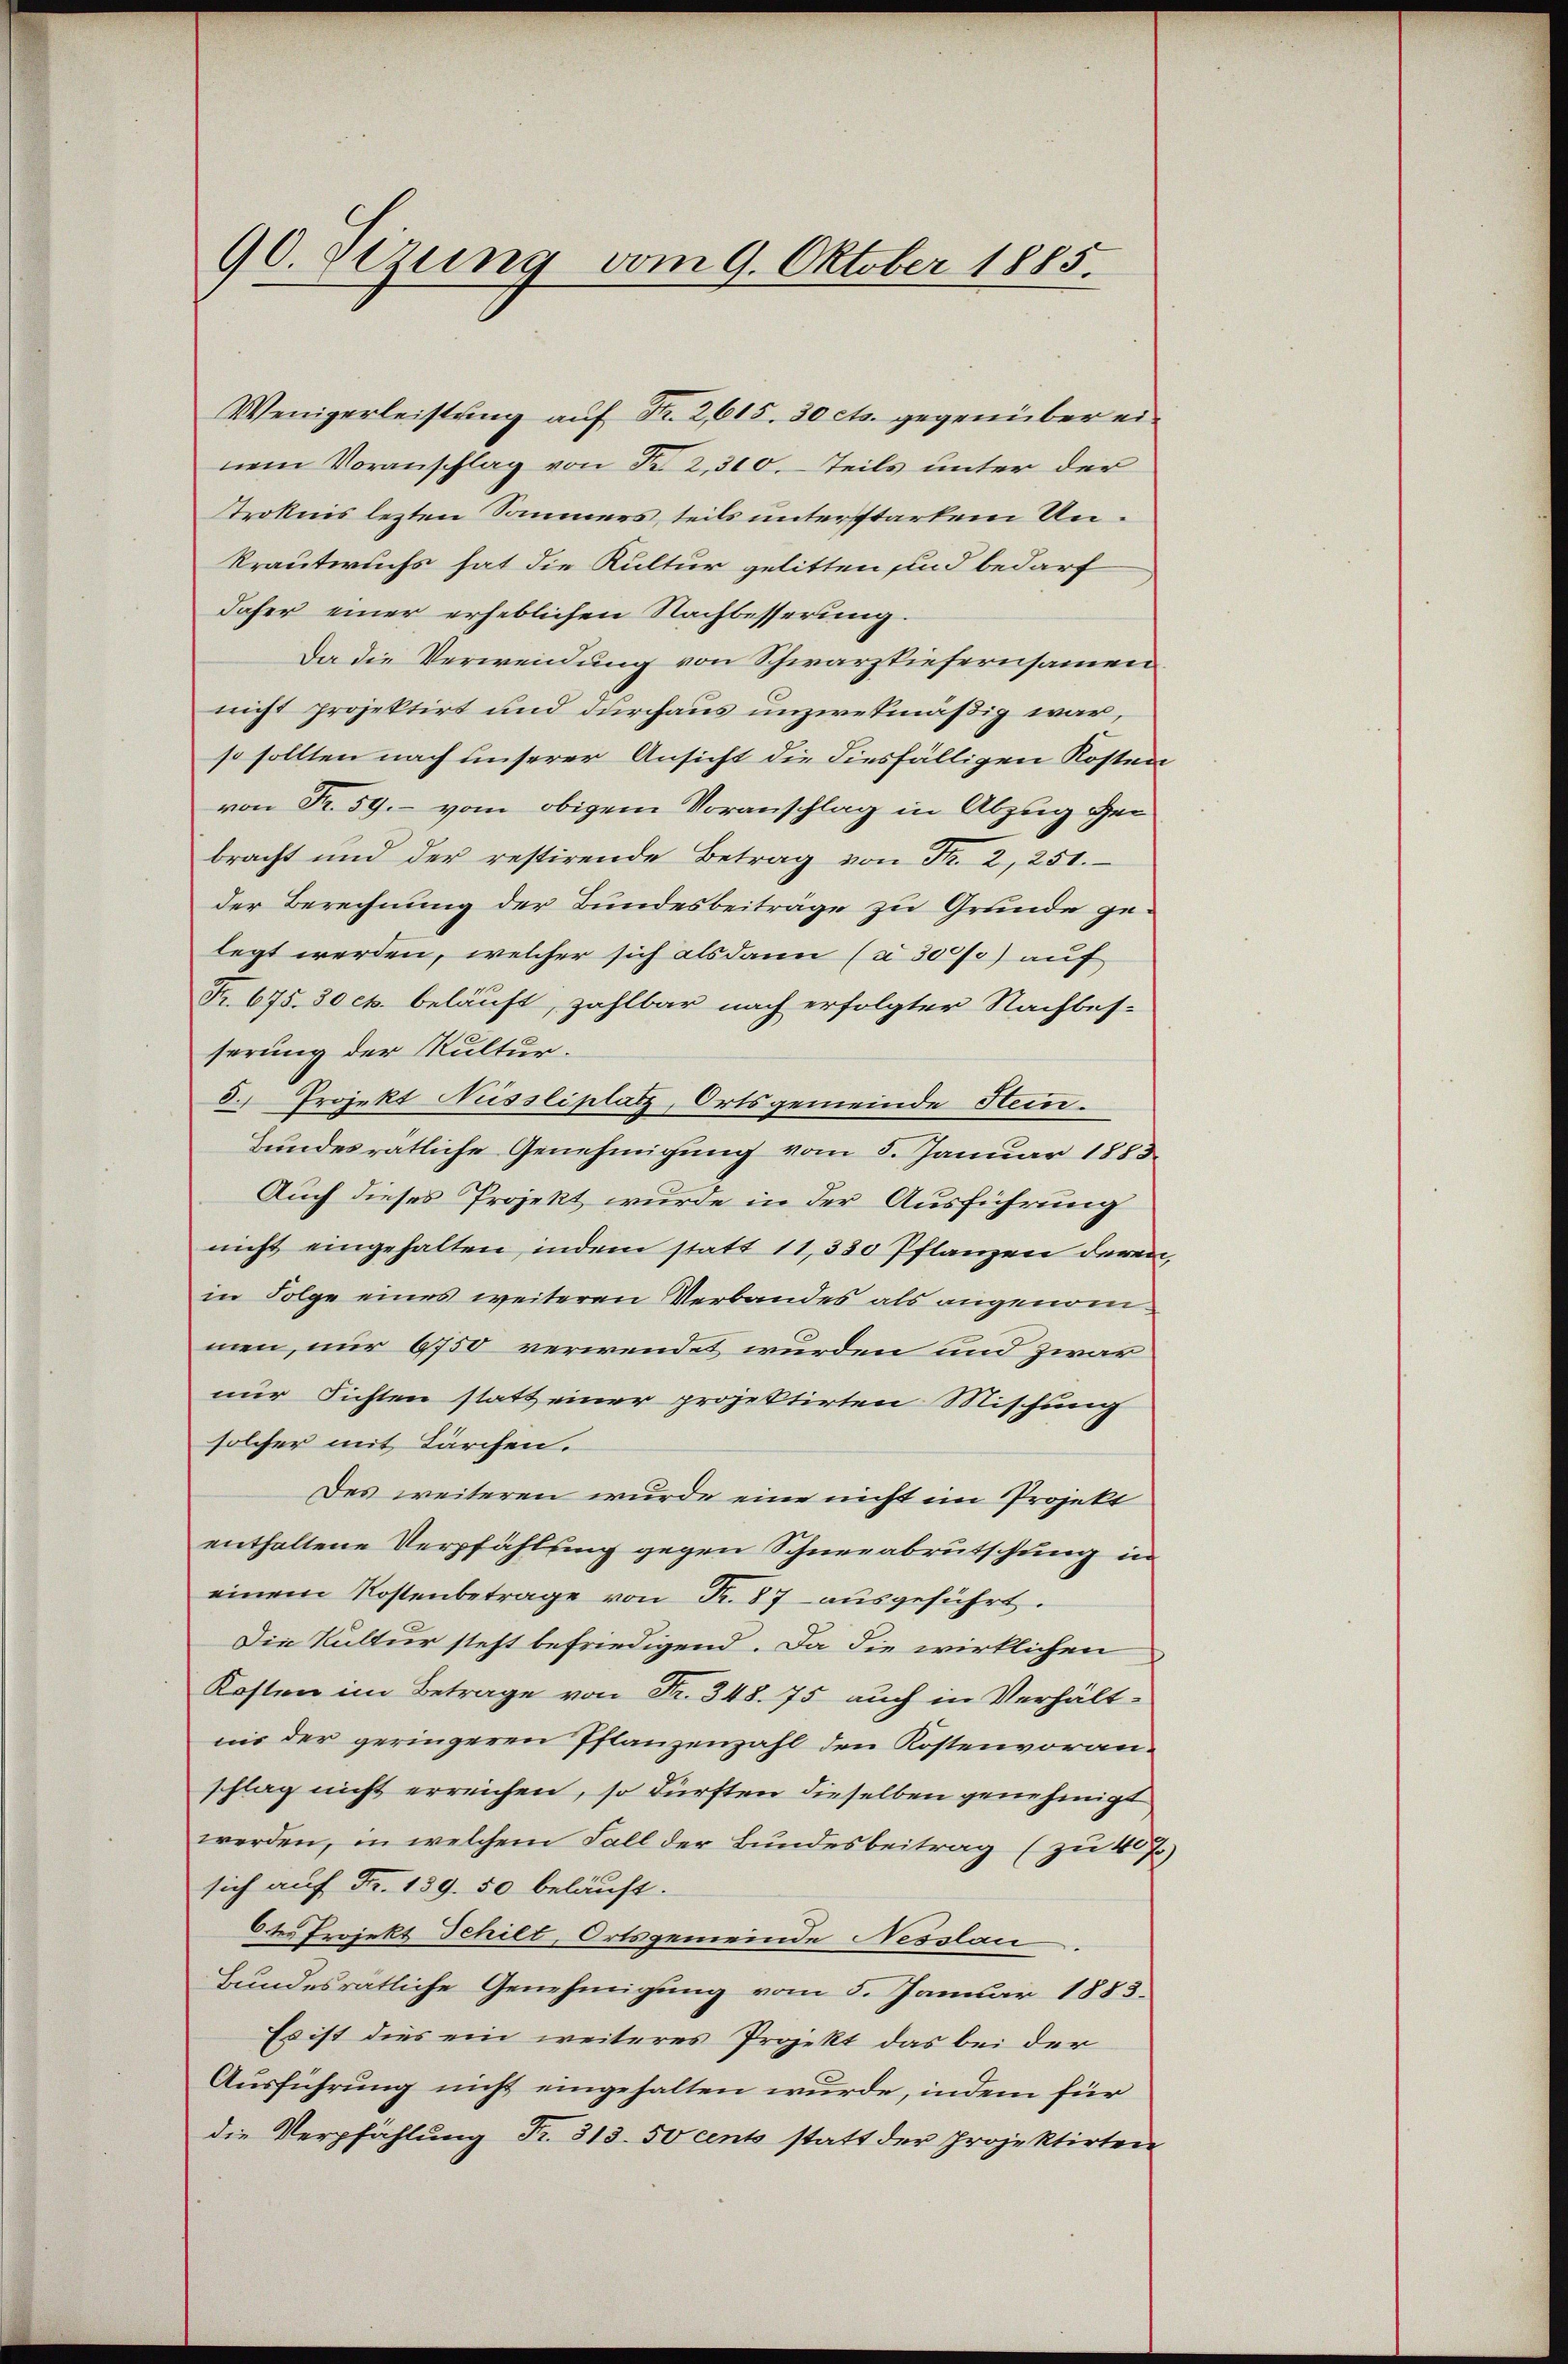
90. Sezung vom 9. Oktober 1885.

Wenigerleistung auf Fr. 2615. 30 cts. gegenüber einem Voranschlag von Nr. 2, 310. Teils unter der
Stroknis lezten Sommers, teils unterstarken Unkrautwuchs hat die Kultur gelitten sind bedarf
daher einer erheblichen Nachbesserung.
Da die Verwendung von Schwarzpiefernsamen
nicht projektirt und durchaus unzwekmäßig war,
so sollten nach unserer Ansicht die diesfälligen Kosten
von Fr. 59.- vom obigem Voranschlag in Abzug gebracht und der restirende Betrag von de
der Berechnung der Bundesbeiträge zu Grunde gelegt werden, welcher sich als dann (à 300 f.) auf
Fr. 675. 30 cts. beläuft, zahlbar nach erfolgter Nachbes-
serung der Kultur.
3. Projekt Niessliplatz, Ortsgemeinde Stem¬
Bundesrätliche Genehmigung vom 5. Januar 1883
Auch dieses Projekt wurde in der Ausführung
nicht eingehalten, indem statt 11,330 Pflanzen deren
in Folge eines weiteren Verbandes als angenommen, nur 6750 verwendet wurden und zwar
nur sichten statt einer projektirten Mischung
solcher mit Därchen.
Des weiteren wurde eine nicht im Projekt
enthaltene Verpfählung gegen Schneeabrutschung in
einem Kostenbetrage von Fr. 87 ausgeführt.
Die Kultur steht befriedigend. Da die wirklichen
Kosten im Betrage von Fr. 348. 75 auch in Verhält-
nis der geringeren Pflanzenzahl den Kostenvoranschlag nicht erreichen, so dürften dieselben genehmigt
werden, in welchem Fall der Bundesbeitrag (zu 4 7)
sich auf Fr. 139. 50 beläuft.
6ter Projekt Schilt, Ortsgemeinde Nesslau
Bundesrätliche Genehmigung vom 5. Januar 1883.
Es ist dies ein weiteres Projekt das bei der
Ausführung nicht eingehalten wurde, indem für
die Verpfählung Fr. 313. 50 cents statt der projektirten